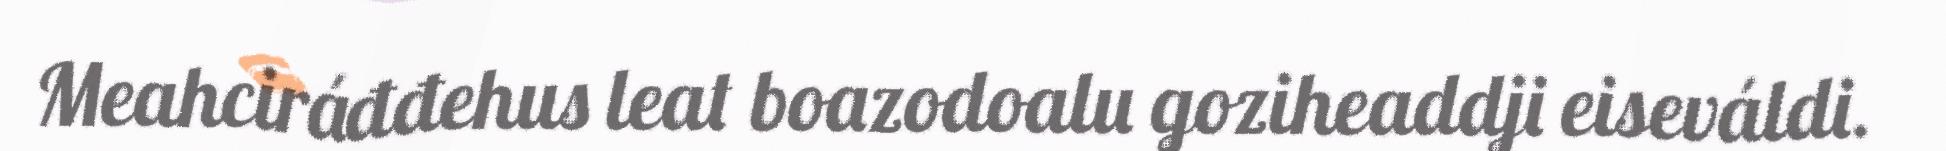
Meahciráđđehus leat boazodoalu goziheaddji eiseváldi.